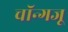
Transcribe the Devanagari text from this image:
चॉन्गजू